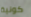
كونية